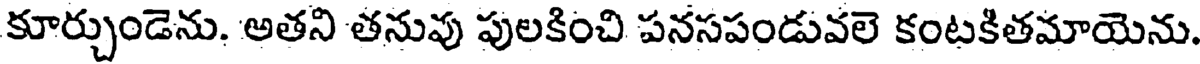
కూర్చుండెను. అతని తనువు పులకించి పనసపండువలె కంటకితమాయెను.